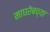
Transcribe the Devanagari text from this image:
माघरेबच्या